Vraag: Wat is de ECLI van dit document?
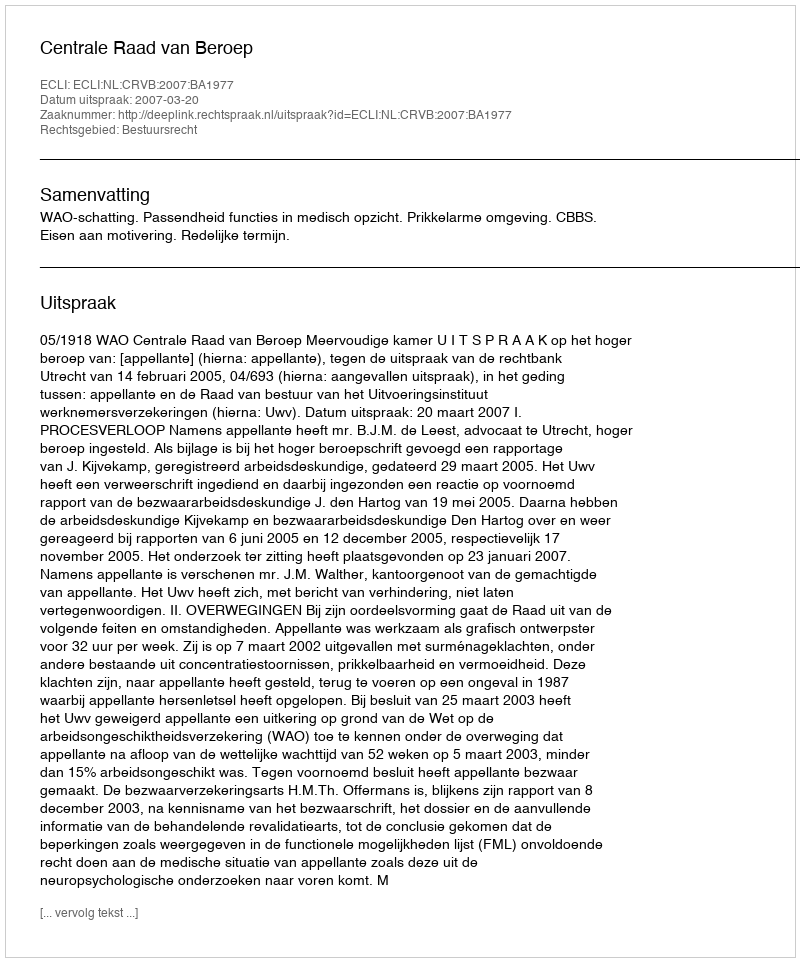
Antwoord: ECLI:NL:CRVB:2007:BA1977